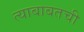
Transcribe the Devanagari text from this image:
त्याबाबतची